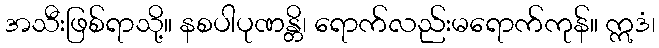
အသီးဖြစ်ရာသို့။ နစပါပုဏန္တိ၊ ရောက်လည်းမရောက်ကုန်။ ဣဒံ၊